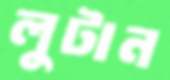
লুটান